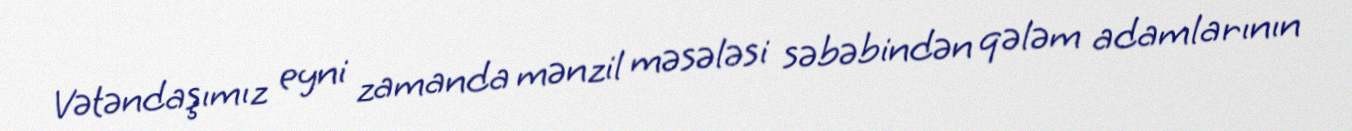
Vətəndaşımız eyni zamanda mənzil məsələsi səbəbindən qələm adamlarının